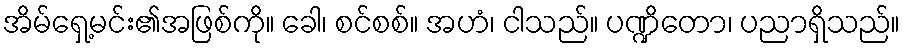
အိမ်ရှေ့မင်း၏အဖြစ်ကို။ ခေါ၊ စင်စစ်။ အဟံ၊ ငါသည်။ ပဏ္ဍိတော၊ ပညာရှိသည်။